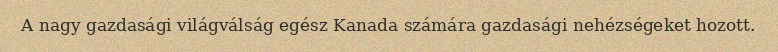
A nagy gazdasági világválság egész Kanada számára gazdasági nehézségeket hozott.